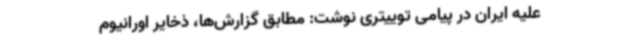
علیه ایران در پیامی توییتری نوشت: مطابق گزارش‌ها، ذخایر اورانیوم